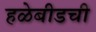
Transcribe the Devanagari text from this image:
हळेबीडची